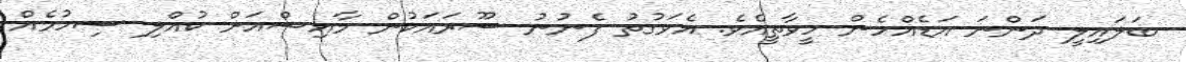
ބަލައިލީ ދަންނަ އަޑެއްހެން ހީވާތީއެވެ. އެވަގުތު ފެނުނު ސޫރައަކުން މާއިޝްއަށް ކުއްލި ސިހުމެއް